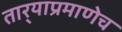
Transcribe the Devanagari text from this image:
तार्‍याप्रमाणेच